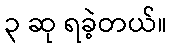
၃ ဆု ရခဲ့တယ်။